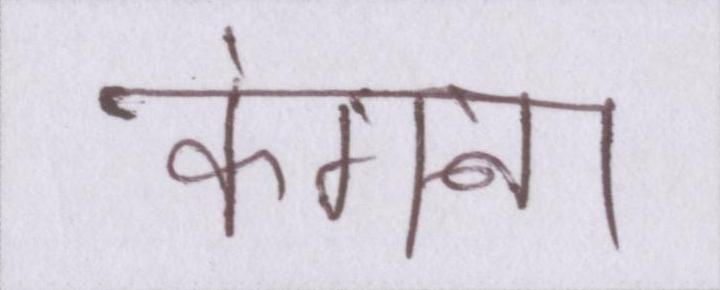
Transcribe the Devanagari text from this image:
कंगना